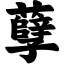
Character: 孽